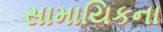
સામાયિકના